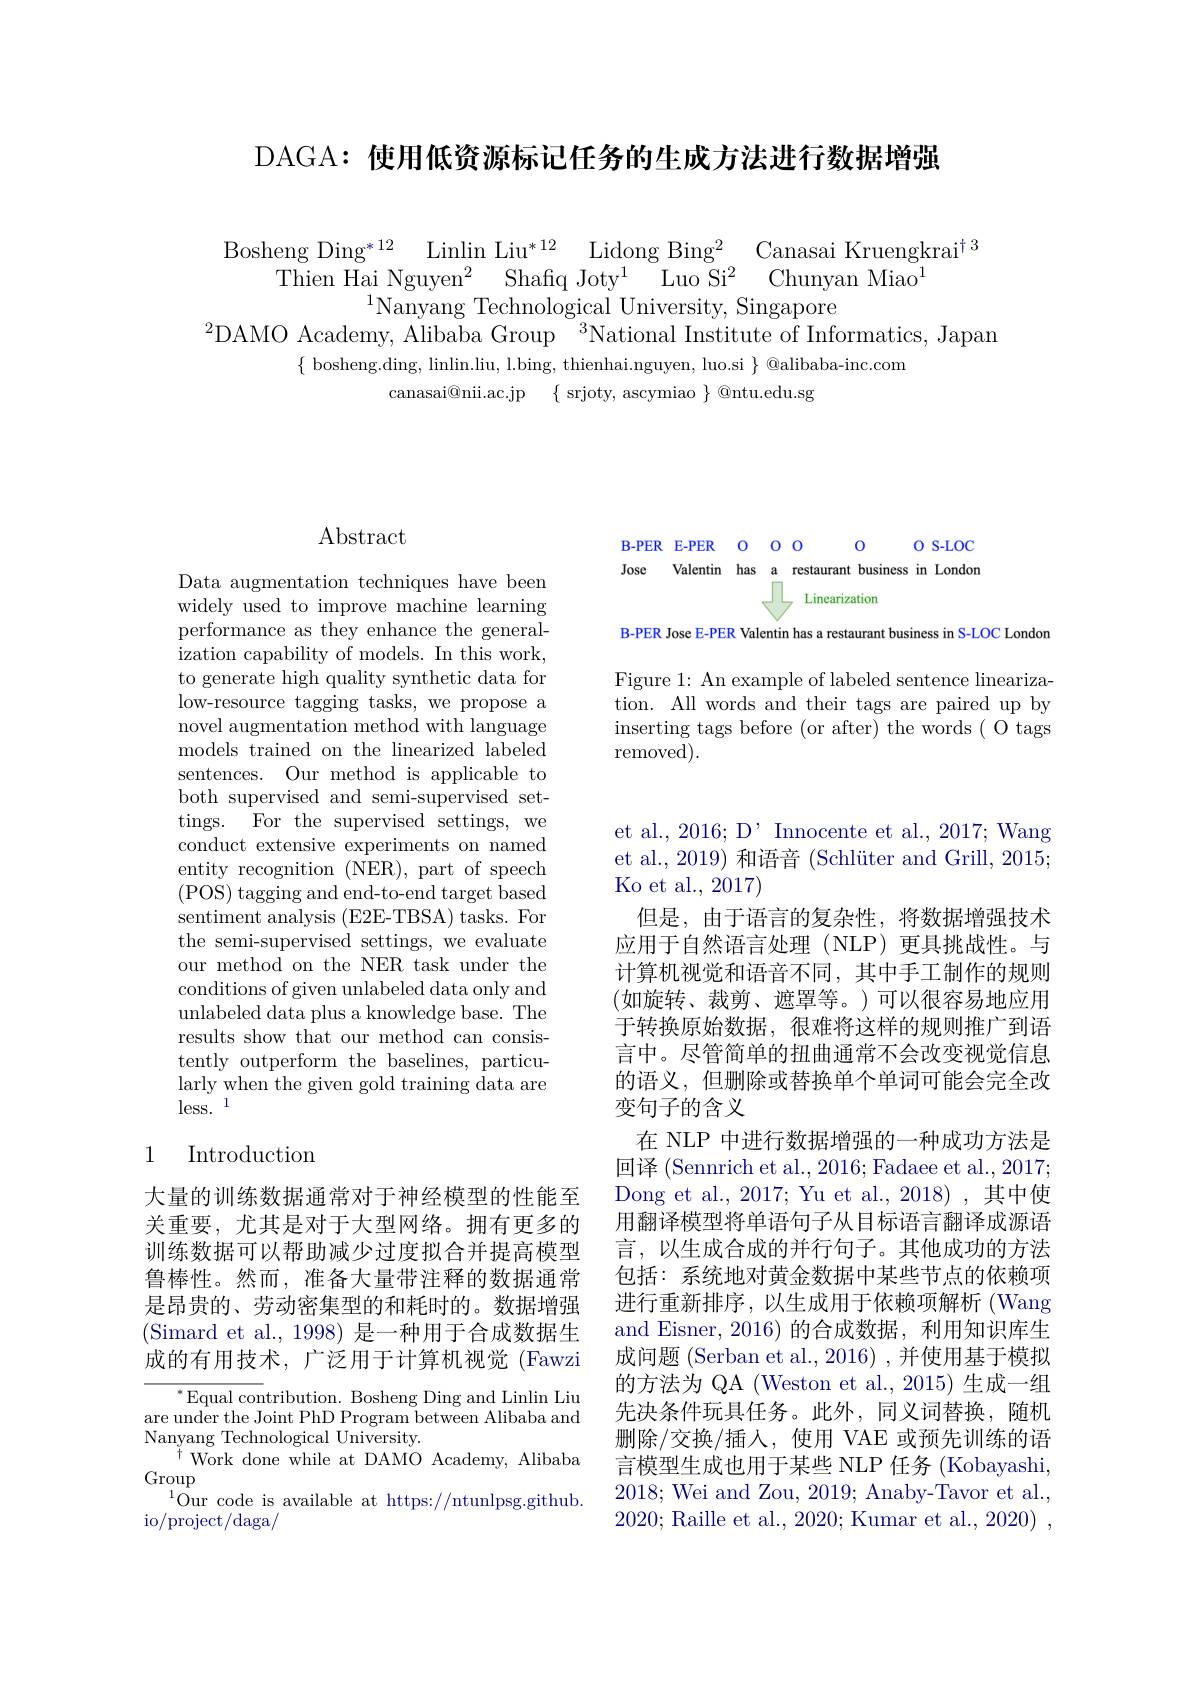
DAGA: 使用低资源标记任务的生成方法进行数据增强

Bosheng Ding$^{* 12}$ Linlin Liu$^{* 12}$ Lidong Bing$^2$ Canasai Kruengkrai$^\dagger^3$
Thien Hai Nguyen$^2$ Shafq Joty$^1$ Luo Si$^2$ Chunyan Miao$^1$
$^{1}$Nanyang Technological University, Singapore
$^{2}$DAMO Academy, Alibaba Group$^{3}$National Institute of Informatics, Japan
$\{$ bosheng.ding, linlin.liu, l.bing, thienhai.nguyen, luo.si $\}$ @alibaba-inc.com
canasai@nii.ac.jp $\{$ srjoty, ascymiao $\}$ @ntu.edu.sg

## $\operatorname{Abstract}$

Data augmentation techniques have been widely used to improve machine learning performance as they enhance the generalization capability of models. In this work, to generate high quality synthetic data for low-resource tagging tasks, we propose a novel augmentation method with language models trained on the linearized labeled sentences. Our method is applicable to both supervised and semi-supervised settings. For the supervised settings, we conduct extensive experiments on named entity recognition (NER), part of speech (POS) tagging and end-to-end target based sentiment analysis (E2E-TBSA) tasks. For the semi-supervised settings, we evaluate our method on the NER task under the conditions of given unlabeled data only and unlabeled data plus a knowledge base. The results show that our method can consistently outperform the baselines, particularly when the given gold training data are $\mathrm{less.}^{\mathrm{~}}1$

### 1 Introduction

大量的训练数据通常对于神经模型的性能至关重要，尤其是对于大型网络。拥有更多的训练数据可以帮助减少过度拟合并提高模型鲁棒性。然而，准备大量带注释的数据通常是昂贵的、劳动密集型的和耗时的。数据增强(Simard et al., 1998) 是一种用于合成数据生成的有用技术，广泛用于计算机视觉(Fawzi

$^*$Equal contribution. Bosheng Ding and Linlin Liu are under the Joint PhD Program between Alibaba and Nanyang Technological University.
$^{\dagger}$Work done while at DAMO Academy, Alibaba
Group
$^{1}$Our code is available at https://ntunlpsg.github.
io/project/daga/

B-PER E-PER O O
0
O S-LOC
Jose Valentin has a restaurant business in London
$\sqrt[1]{\text{Linearization}}$

B-PER Jose E-PER Valentin has a restaurant business in S-LOC London

Figure 1: An example of labeled sentence linearization. All words and their tags are paired up by inserting tags before (or after) the words ( O tags removed).

et al., 2016; D' Innocente et al., 2017; Wang et al., 2019) 和语音 (Schlüter and Grill, 2015; Ko et al., 2017)
但是，由于语言的复杂性，将数据增强技术应用于自然语言处理(NLP)更具挑战性。与计算机视觉和语音不同，其中手工制作的规则(如旋转、裁剪、遮罩等。)可以很容易地应用于转换原始数据，很难将这样的规则推广到语言中。尽管简单的扭曲通常不会改变视觉信息的语义，但删除或替换单个单词可能会完全改变句子的含义
在 NLP 中进行数据增强的一种成功方法是回译 (Sennrich et al., 2016; Fadaee et al., 2017; Dong et al., 2017; Yu et al., 2018) ,其中使用翻译模型将单语句子从目标语言翻译成源语言，以生成合成的并行句子。其他成功的方法包括：系统地对黄金数据中某些节点的依赖项进行重新排序，以生成用于依赖项解析(Wang and Eisner, 2016)的合成数据，利用知识库生成问题 (Serban et al.,2016) ,并使用基于模拟的方法为 QA (Weston et al., 2015) 生成一组先决条件玩具任务。此外，同义词替换，随机删除/交换/插入，使用 VAE 或预先训练的语言模型生成也用于某些 NLP 任务 (Kobayashi, 2018; Wei and Zou, 2019; Anaby-Tavor et al., 2020; Raille et al., 2020; Kumar et al., 2020)